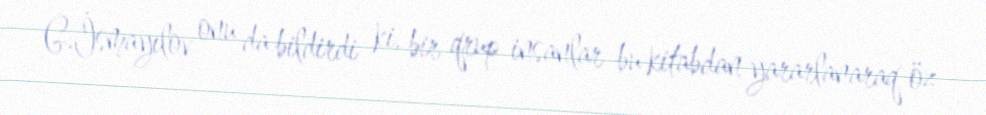
G.İsmayılov onu da bildirdi ki, bir qrup insanlar bu kitabdan yararlanaraq öz